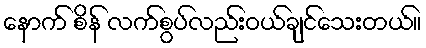
နောက် စိန် လက်စွပ်လည်းဝယ်ချင်သေးတယ်။